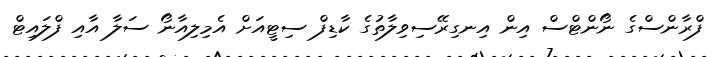
ފްރާންސްގެ ނޯންޓްސް އިން އިނގިރޭސިވިލާތުގެ ކާޑިފް ސިޓީއަށް އެމިލިއާނޯ ސަލާ އާއި ފްލައިޓް